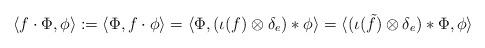
LaTeX: \begin{align*}\langle f \cdot \Phi, \phi\rangle := \langle \Phi, f \cdot \phi\rangle = \langle \Phi, (\iota(f) \otimes \delta_e) * \phi\rangle = \langle (\iota(\tilde{f})\otimes \delta_e) * \Phi, \phi \rangle\end{align*}